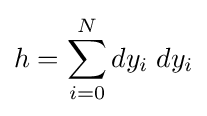
h=\sum _{i=0}^{N}dy_{i}\;dy_{i}